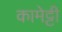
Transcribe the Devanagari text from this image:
कामेट्टी